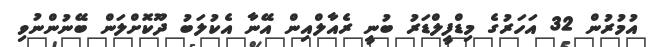
އުމުރުން 32 އަހަރުގެ މިޑްފީލްޑަރު ބުނީ ރެއާލްއިން އޭނާ އެކުލަބު ދޫކޮށްލަން ބޭނުންނުވި